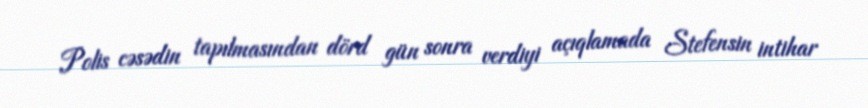
Polis cəsədin tapılmasından dörd gün sonra verdiyi açıqlamada Stefensin intihar